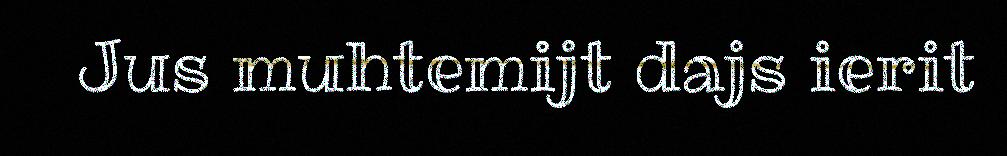
Jus muhtemijt dajs ierit